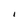
Character: I